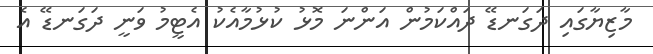
މާޒިޔާގައި ދަގަނޑޭ ދައްކަމުން އަންނަ މޮޅު ކުޅުމާއެކު އެޓީމު ވަނީ ދަގަނޑޭ އެ